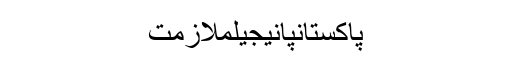
پاکستانپانیجیلملازمت